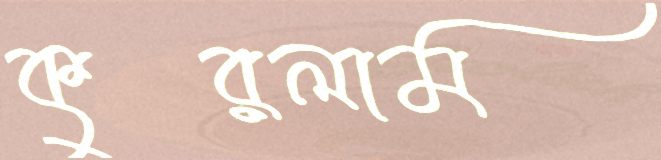
কুরলাম